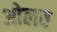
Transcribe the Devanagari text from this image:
ओलव